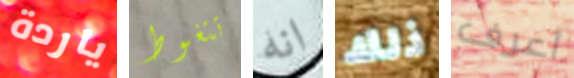
ياردة تتغوط انه ذلك أعرف